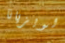
لويزيانا